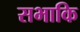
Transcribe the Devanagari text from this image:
सभाकि